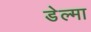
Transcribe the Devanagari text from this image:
डेल्मा